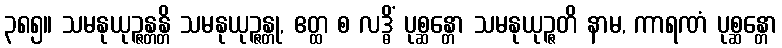
၃၈၅။ သမနုယုဉ္ဇန္တန္တိ သမနုယုဉ္ဇန္တု, ဧတ္ထ စ လဒ္ဓိံ ပုစ္ဆန္တော သမနုယုဉ္ဇတိ နာမ, ကာရဏံ ပုစ္ဆန္တော